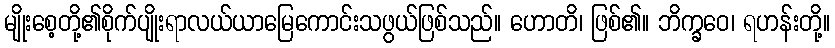
မျိုးစေ့တို့၏စိုက်ပျိုးရာလယ်ယာမြေကောင်းသဖွယ်ဖြစ်သည်။ ဟောတိ၊ ဖြစ်၏။ ဘိက္ခဝေ၊ ရဟန်းတို့။